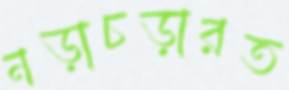
নড়াচড়ারত